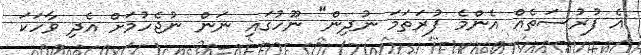
އެ ފުރުސަތެއް އެންމެ ފުރަތަމަ ނުދިން" ނޫހުގައި ނަން ނުޖެހުމަށް އެދި ވާހަކަ